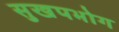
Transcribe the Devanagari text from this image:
सुखपभोग